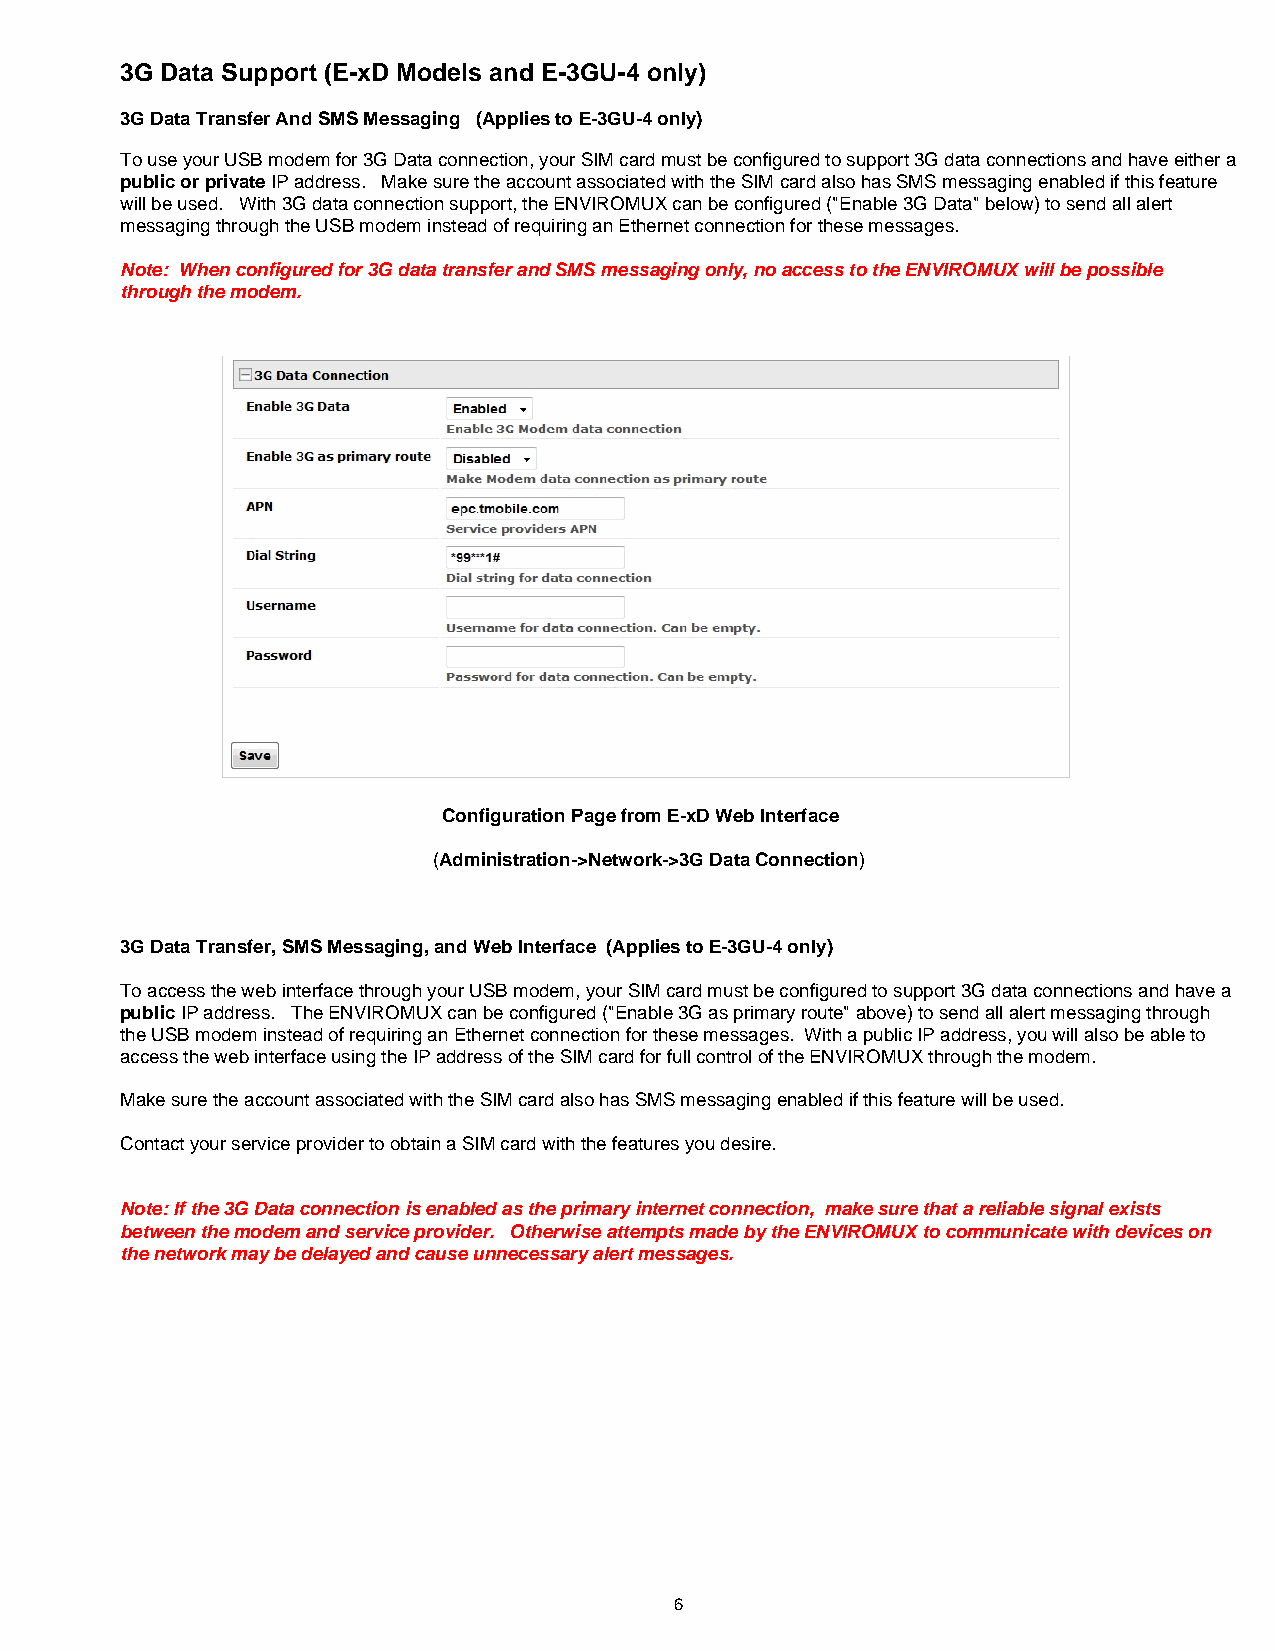
3G Data Support (E-xD Models and E-3GU-4 only)
 3G Data Transfer And SMS Messaging (Applies to E-3GU-4 only)
 To use your USB modem for 3G Data connection, your SIM card must be configured to support 3G data connections and have either a
 public or private IP address. Make sure the account associated with the SIM card also has SMS messaging enabled if this feature
 will be used. With 3G data connection support, the ENVIROMUX can be configured ("Enable 3G Data" below) to send all alert
 messaging through the USB modem instead of requiring an Ethernet connection for these messages.
 Note: When configured for 3G data transfer and SMS messaging only, no access to the ENVIROMUX will be possible
 through the modem.
 Configuration Page from E-xD Web Interface
 (Administration->Network->3G Data Connection)
 3G Data Transfer, SMS Messaging, and Web Interface (Applies to E-3GU-4 only)
 To access the web interface through your USB modem, your SIM card must be configured to support 3G data connections and have a
 public IP address. The ENVIROMUX can be configured ("Enable 3G as primary route" above) to send all alert messaging through
 the USB modem instead of requiring an Ethernet connection for these messages. With a public IP address, you will also be able to
 access the web interface using the IP address of the SIM card for full control of the ENVIROMUX through the modem.
 Make sure the account associated with the SIM card also has SMS messaging enabled if this feature will be used.
 Contact your service provider to obtain a SIM card with the features you desire.
 Note: If the 3G Data connection is enabled as the primary internet connection, make sure that a reliable signal exists
 between the modem and service provider. Otherwise attempts made by the ENVIROMUX to communicate with devices on
 the network may be delayed and cause unnecessary alert messages.
 6